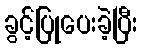
ခွင့်ပြုပေးခဲ့ပြီး